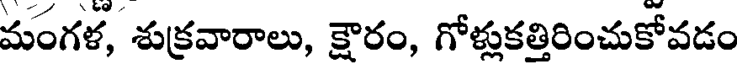
మంగళ, శుక్రవారాలు, క్షౌరం, గోళ్లుకత్తిరించుకోవడం